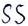
Text: SS